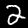
Digit: 2